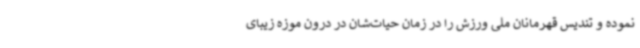
نموده و تندیس قهرمانان ملی ورزش را در زمان حیات‌شان در درون موزه زیبای